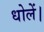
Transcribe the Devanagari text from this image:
धोलें।